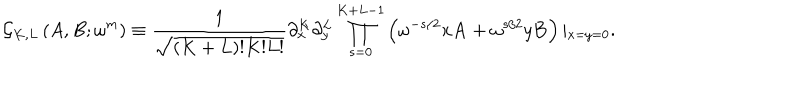
LaTeX: \displaystyle { \mathcal { G } _ { K , L } \left( A , B ; \omega ^ { m } \right) \equiv \frac { 1 } { \sqrt { ( K + L ) ! K ! L ! } } \partial _ { x } ^ { K } \partial _ { y } ^ { L } \prod _ { s = 0 } ^ { K + L - 1 } \left( \omega ^ { - s / 2 } x \mathbf { A } + \omega ^ { s / 2 } y \mathbf { B } \right) \vert _ { x = y = 0 } . }